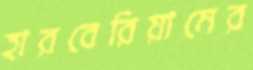
হারবেরিয়ামের